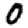
Digit: 0